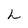
Character: h